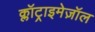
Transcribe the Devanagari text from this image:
क्लॉट्राइमेज़ॉल